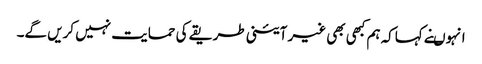
انہوںنے کہاکہ ہم کبھی بھی غیر آئینی طریقے کی حمایت نہیں کریں گے۔